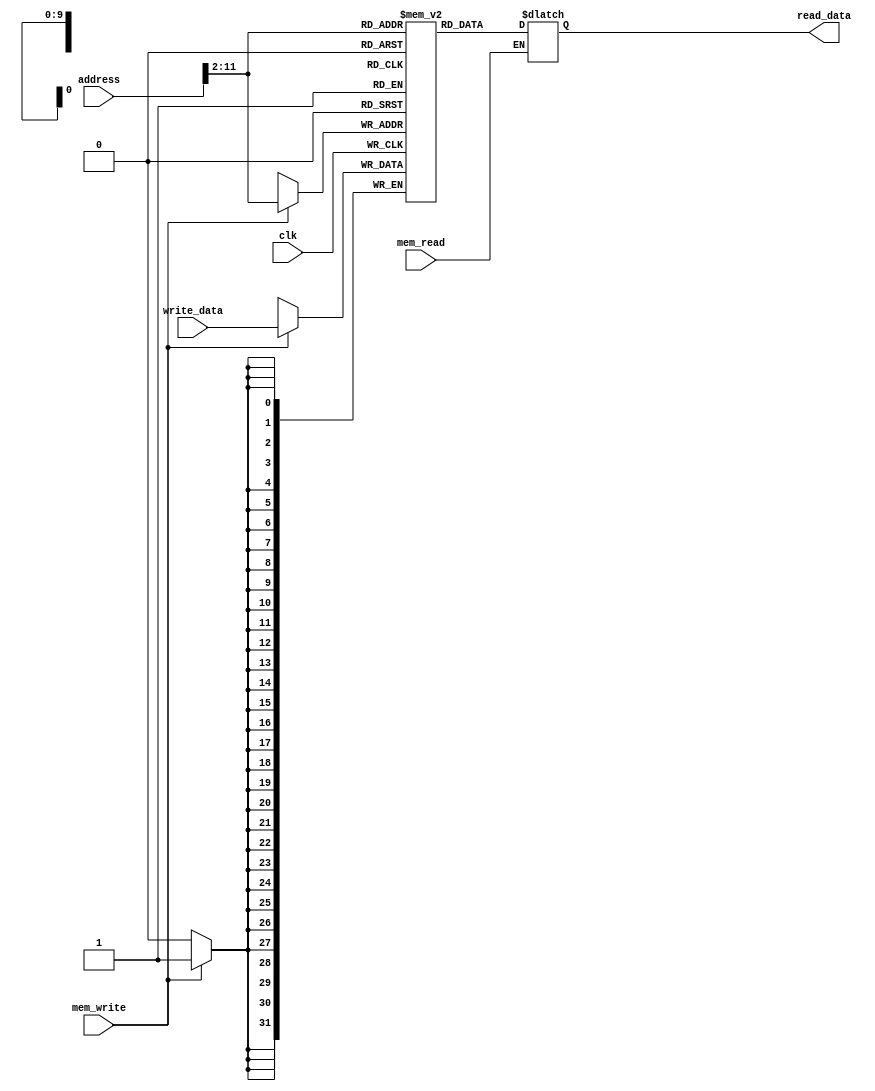
`timescale 1ns / 1ps
//////////////////////////////////////////////////////////////////////////////////
// Company: 
// Engineer: 
// 
// Design Name: 
// Module Name: data_memory
// Project Name: 
// Target Devices: 
// Tool Versions: 
// Description: 
// 
// Dependencies: 
// 
// Revision:
// Revision 0.01 - File Created
// Additional Comments:
// 
//////////////////////////////////////////////////////////////////////////////////


module data_memory(input clk,       
                   input mem_read,
                   input mem_write,
                   input [31:0] address,
                   input [31:0] write_data,
                   output reg [31:0] read_data
                   );
    reg [31:0] data[0:1023];
    integer i;
    initial begin
        for(i = 0; i < 1024; i = i + 1)
            data[i] = 0;
    end
    reg [31:0] add;
    always @(*) begin
        add = address >> 2;
        if (mem_read == 1)
            read_data = data[add];
    end
    always @(posedge clk) begin
        if (mem_write == 1)
            data[add] = write_data;
    end
endmodule